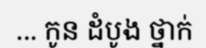
... កូន ដំបូង ថ្នាក់